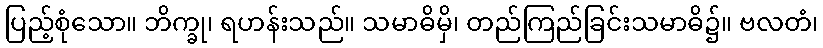
ပြည့်စုံသော။ ဘိက္ခု၊ ရဟန်းသည်။ သမာဓိမှိ၊ တည်ကြည်ခြင်းသမာဓိ၌။ ဗလတံ၊